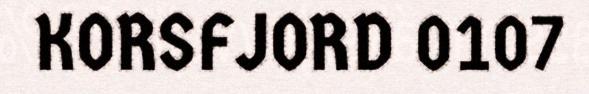
KORSFJORD 0107